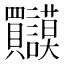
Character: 𲂹